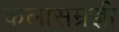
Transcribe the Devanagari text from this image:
कलासम्रज्ञी